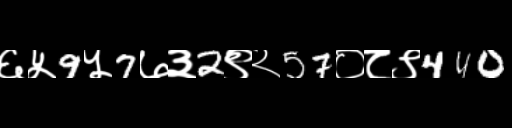
Text: ६५9५7७३2९२57०८९440